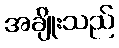
အချိုးသည်